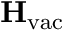
\mathbf { H } _ { \mathrm { v a c } }